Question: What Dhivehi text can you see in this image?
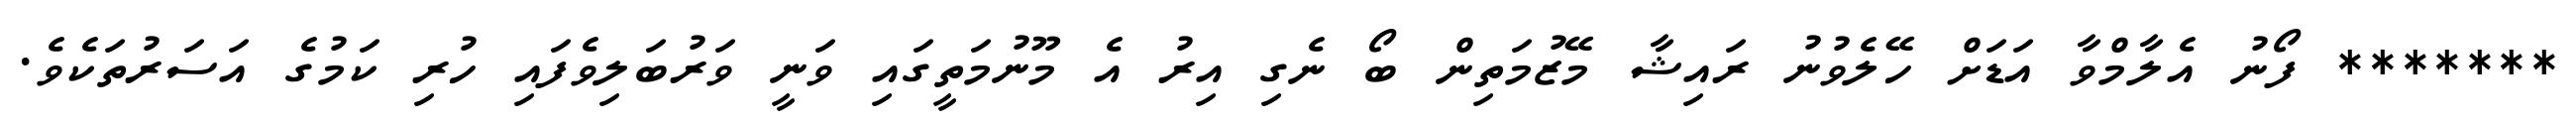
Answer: ******* ފޯނު އެލާމްވާ އަޑަށް ހޭލެވުނު ރައިޝާ މޭޒުމަތިން ބޯ ނެގި އިރު އެ މޫނުމަތީގައި ވަނީ ވަރުބަލިވެފައި ހުރި ކަމުގެ އަސަރުތަކެވެ.